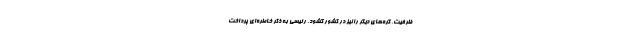
ظرفیت، گره‌های دیگر را نیز در کشور گشود. رئیسی به ذکر خاطره‌ای پرداخت